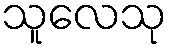
သူလေသု